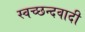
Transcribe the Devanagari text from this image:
स्वच्छन्दवादी